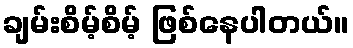
ချမ်းစိမ့်စိမ့် ဖြစ်နေပါတယ်။